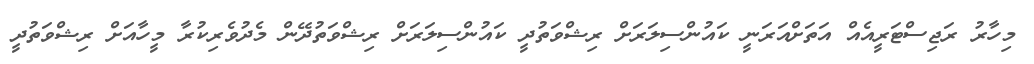
މިހާރު ރަޖިސްޓަރީއެއް އަތަށްއަރަނީ ކައުންސިލަރަށް ރިޝްވަތުދީ ކައުންސިލަރަށް ރިޝްވަތުދޭން މެދުވެރިކުރާ މީހާއަށް ރިޝްވަތުދީ